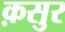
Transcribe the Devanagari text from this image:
क़सुर